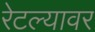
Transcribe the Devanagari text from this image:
रेटल्यावर